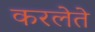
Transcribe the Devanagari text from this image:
करलेते